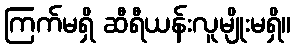
ကြက်မရှိ ဆီရီယန်းလူမျိုးမရှိ။